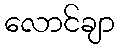
လောင်ချာ